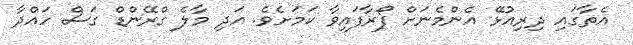
އެތާގައި ދިރިއުޅޭ އެންމެނަށް ފޯރާފައިވާ ކަމަށެވެ. އަދި މާލެ ގްރޭންޑް ގަސް ހައްދާ